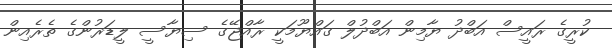
ކުރީގެ ރައީސް އަބްދު ޔާމިން އަބްދުލް ގައްޔޫމަކީ ރާއްޖޭގެ ސިޔާސީ ލީޑަރުންގެ ތެރެއިން